画像に写った文字を読んでください
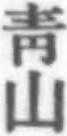
「靑山」と書いてあります